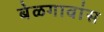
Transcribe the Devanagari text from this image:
बेळगावांस